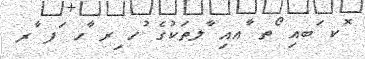
ޮކ ަބއި ޯތ ާޢއި ާލތަކުގެ ުހ ިރ ާހ ަފ ާރ